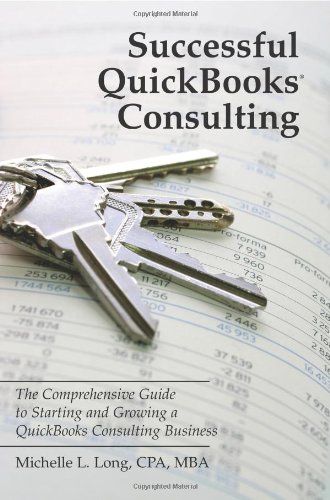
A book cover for Successful QuickBooks Consulting: The Comprehensive Guide to Starting and Growing a QuickBooks Consulting Business ---Ideal for Bookkeeping or Bookkeepers, Accounting or Accountants, or Consultants; Michelle L. Long; Computers & Technology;